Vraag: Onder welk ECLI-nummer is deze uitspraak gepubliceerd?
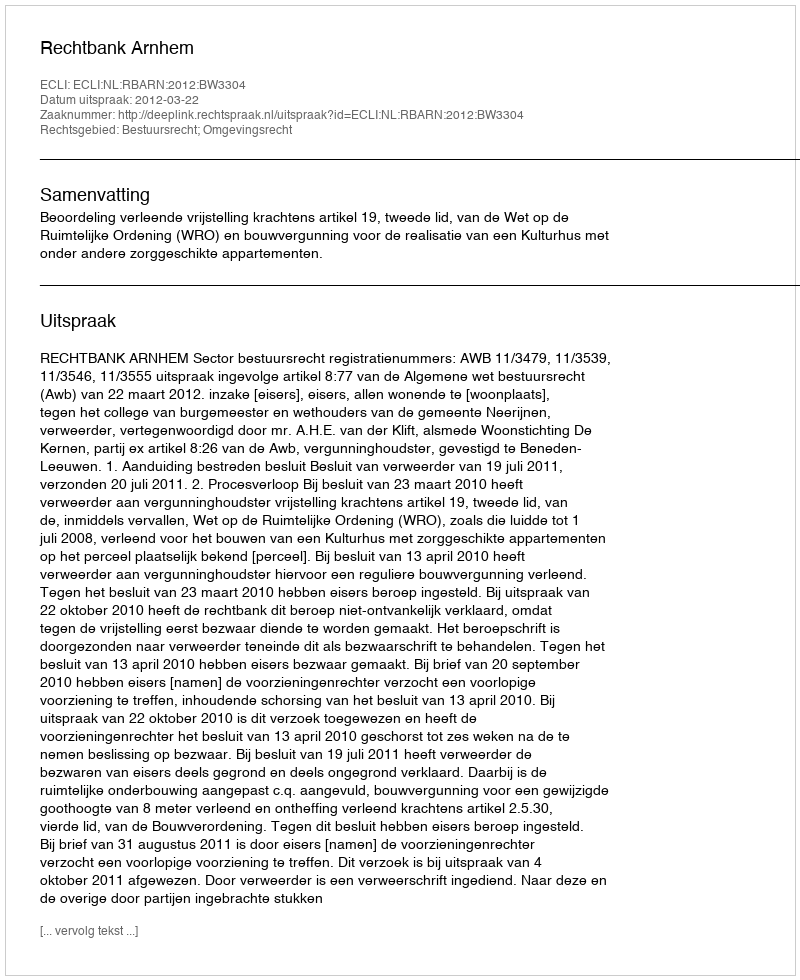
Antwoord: ECLI:NL:RBARN:2012:BW3304